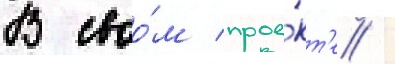
В своо́м прое́кт'е /